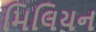
મિલિયન